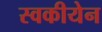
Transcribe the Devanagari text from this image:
स्वकीयेन